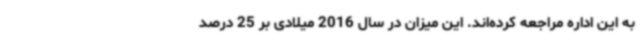
به این اداره مراجعه کرده‌اند. این میزان در سال 2016 میلادی بر 25 درصد